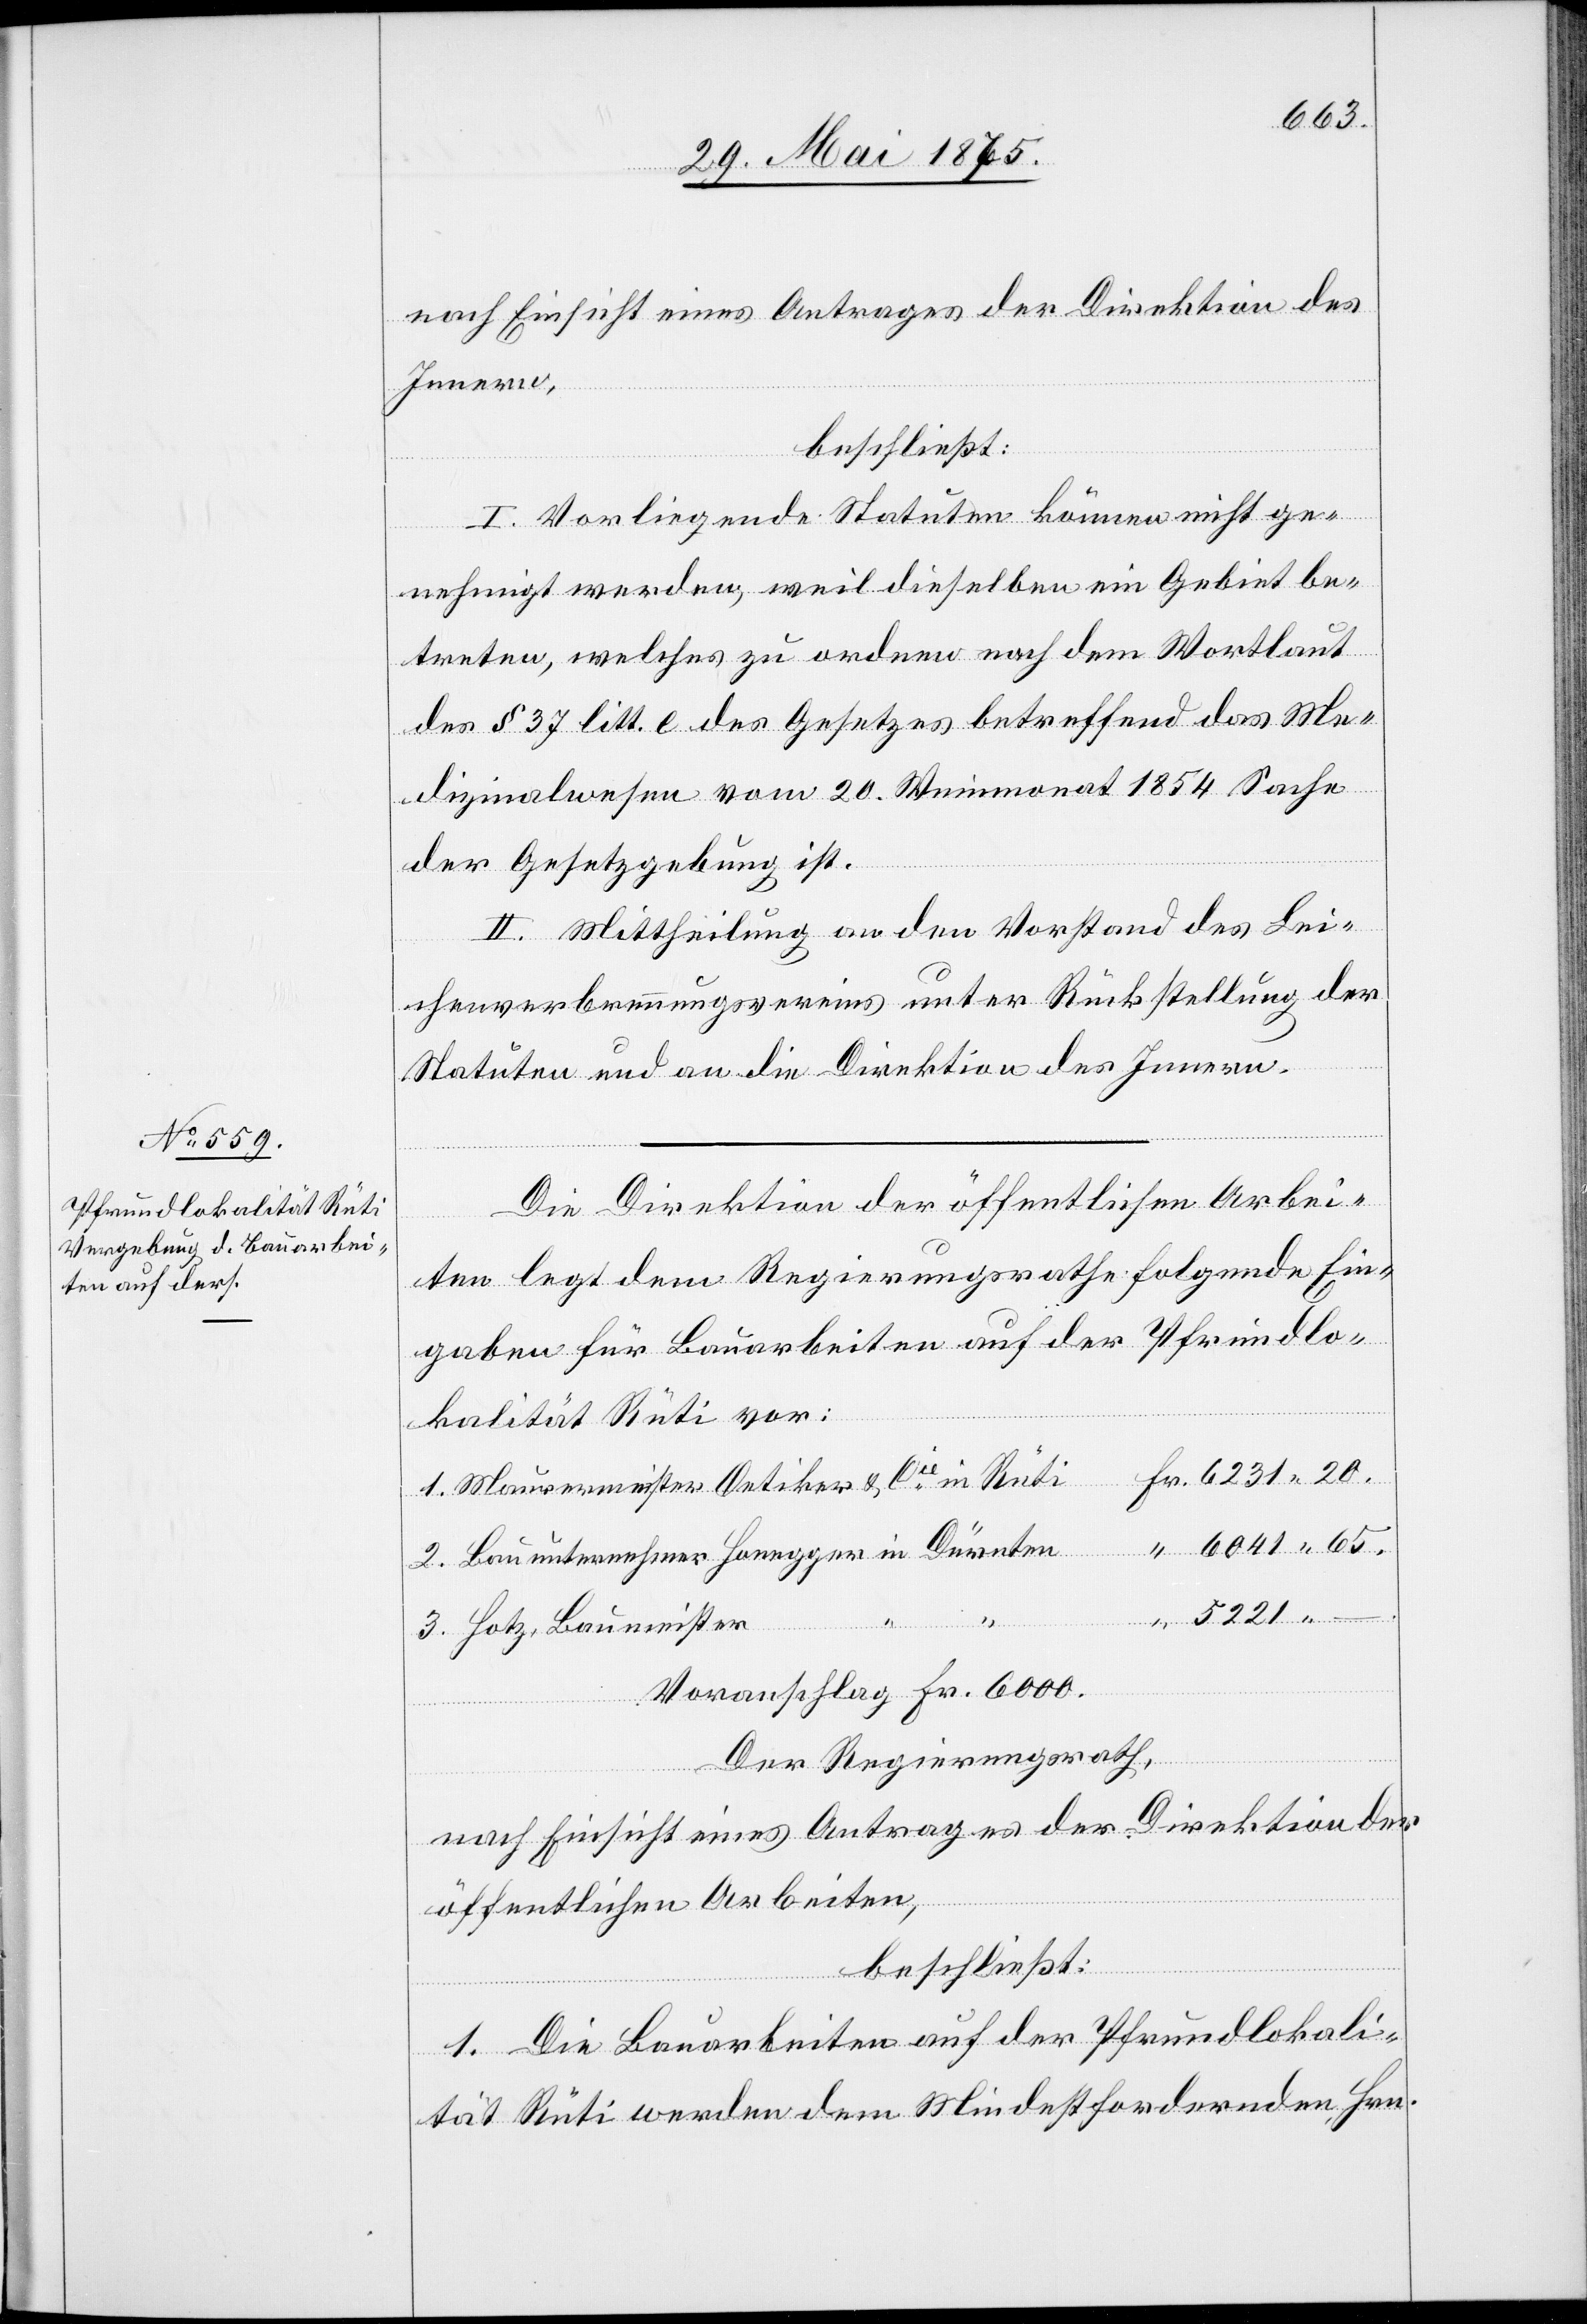
nach Einsicht eines Antrages der Direktion des
Innern,
3.
beschließt:
“
I. Vorliegende Statuten können nicht ge¬
nehmigt werden, weil dieselben ein Gebiet be¬
treten, welches zu ordnen nach dem Wortlaut
des § 37 litt. e des Gesetzes betreffend das Me¬
dizinalwesen vom 20. Weinmonat 1854 Sache
der Gesetzgebung ist.
II. Mittheilung an den Vorstand des Lei¬
chenverbrennungsvereins unter Rückstellung der
Statuten und an die Direktion des Innern.
Die Direktion der öffentlichen Arbei¬
ten legt dem Regierungsrathe folgende Ein¬
gaben für Bauarbeiten auf der Pfrundlo¬
kalität Rüti vor:
6041 65.
ten
5221 –.
1.
Hotz, Baumeister
Voranschlag Fr. 6000.
Der Regierungsrath,
nach Einsicht eines Antrages der Direktion der
öffentlichen Arbeiten,
beschließt:
1. Die Bauarbeiten auf der Pfrundlokali¬
tät Rüti werden dem Mindestfordernden Hrn.